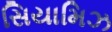
સિયામિઝ